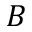
{ \cal B }